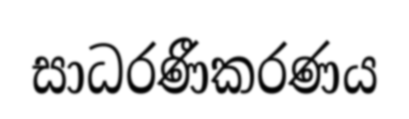
සාධරණීකරණය